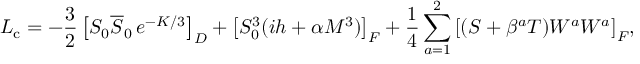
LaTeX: { \cal L } _ { \mathrm { c } } = - { \frac { 3 } { 2 } } \left[ S _ { 0 } \overline { { S } } _ { 0 } \, e ^ { - K / 3 } \right] _ { D } + \left[ S _ { 0 } ^ { 3 } ( i h + \alpha M ^ { 3 } ) \right] _ { F } + { \frac { 1 } { 4 } } \sum _ { a = 1 } ^ { 2 } { \left[ ( S + \beta ^ { a } T ) { \cal W } ^ { a } { \cal W } ^ { a } \right] _ { F } } ,